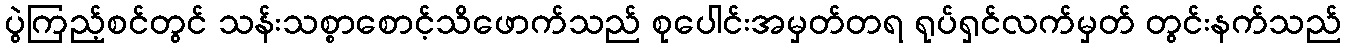
ပွဲကြည့်စင်တွင် သန်းသစ္စာစောင့်သိဖောက်သည် စုပေါင်းအမှတ်တရ ရုပ်ရှင်လက်မှတ် တွင်းနက်သည်